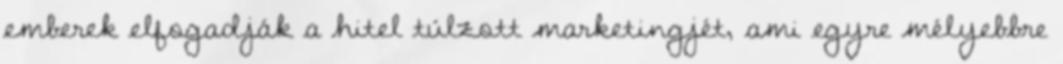
emberek elfogadják a hitel túlzott marketingjét, ami egyre mélyebbre